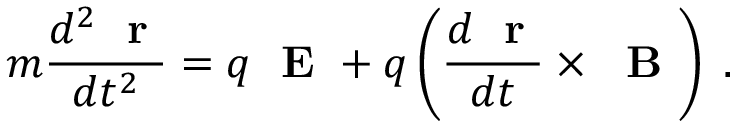
m \frac { d ^ { 2 } \mathrm { ~ \bf ~ r ~ } } { d t ^ { 2 } } = q \mathrm { ~ \bf ~ E ~ } + q \left( \frac { d \mathrm { ~ \bf ~ r ~ } } { d t } \times \mathrm { ~ \bf ~ B ~ } \right) \; .